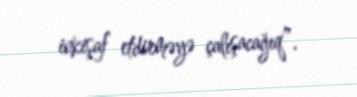
inkişaf etdirməyə çalışacağıq”.